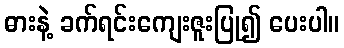
ဓားနဲ့ ခက်ရင်းကျေးဇူးပြု၍ ပေးပါ။